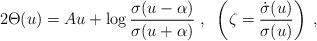
LaTeX: \begin{align*}2\Theta(u) = Au + \log \frac{\sigma (u-\alpha)}{\sigma(u+\alpha)} \; , \; \;\left(\zeta=\frac{\dot{\sigma}(u)}{\sigma(u)} \right) \; ,\end{align*}